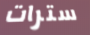
سترات